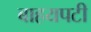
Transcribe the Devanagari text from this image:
बाहयपटी